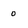
Character: 0